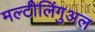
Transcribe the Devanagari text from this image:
मल्टीलिंगुअल